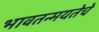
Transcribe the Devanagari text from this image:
भावतन्मयतेचे